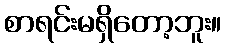
စာရင်းမရှိတော့ဘူး။